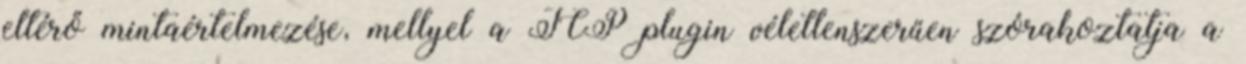
eltérő mintaértelmezése, mellyel a TCP plugin véletlenszerűen szórakoztatja a